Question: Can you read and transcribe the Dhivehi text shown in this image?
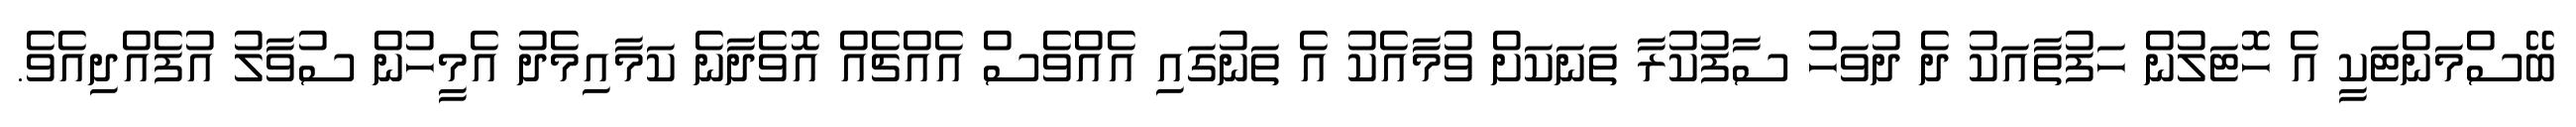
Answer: ބޭސްމަންޓަކީ އެ ހޮޓަލުން ހަފުތާއަކު ދެ ދުވަހު ސާފުކުރާ ތަނަކަށް ވުމާއެކު އެ ތަނުގައި އެއްވެސް އެއްޗެއް އޮވެދާނެ ކަމާއިމެދު އެމީހުން ސުވާލު އުފެއްދިއެވެ.